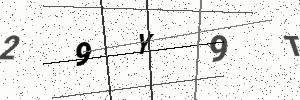
Text: 29Y9T